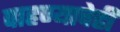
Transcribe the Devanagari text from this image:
पाहण्याचेही